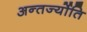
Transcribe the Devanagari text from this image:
अन्तर्ज्योति